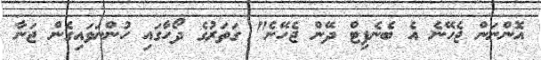
އޮންނަން ޖެހޭނެ އެ ބެނެފިޓް ދޭން ޖެހޭނެ" ގަތަރުގެ ދޯހާގައި ހުންނަވައިގެން ޖަނާ